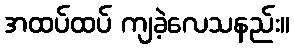
အထပ်ထပ် ကျခဲ့လေသနည်း။